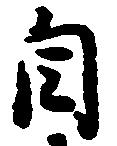
自